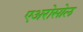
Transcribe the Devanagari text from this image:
एअरोसोल